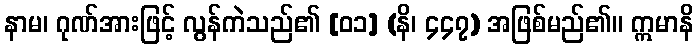
နာမ၊ ဂုဏ်အားဖြင့် လွန်ကဲသည်၏ [၀၁] (နိ၊ ၄၄၇) အဖြစ်မည်၏။ ဣမာနိ